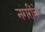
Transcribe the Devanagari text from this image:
नगरींचे